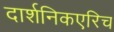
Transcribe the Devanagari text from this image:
दार्शनिकएरिच